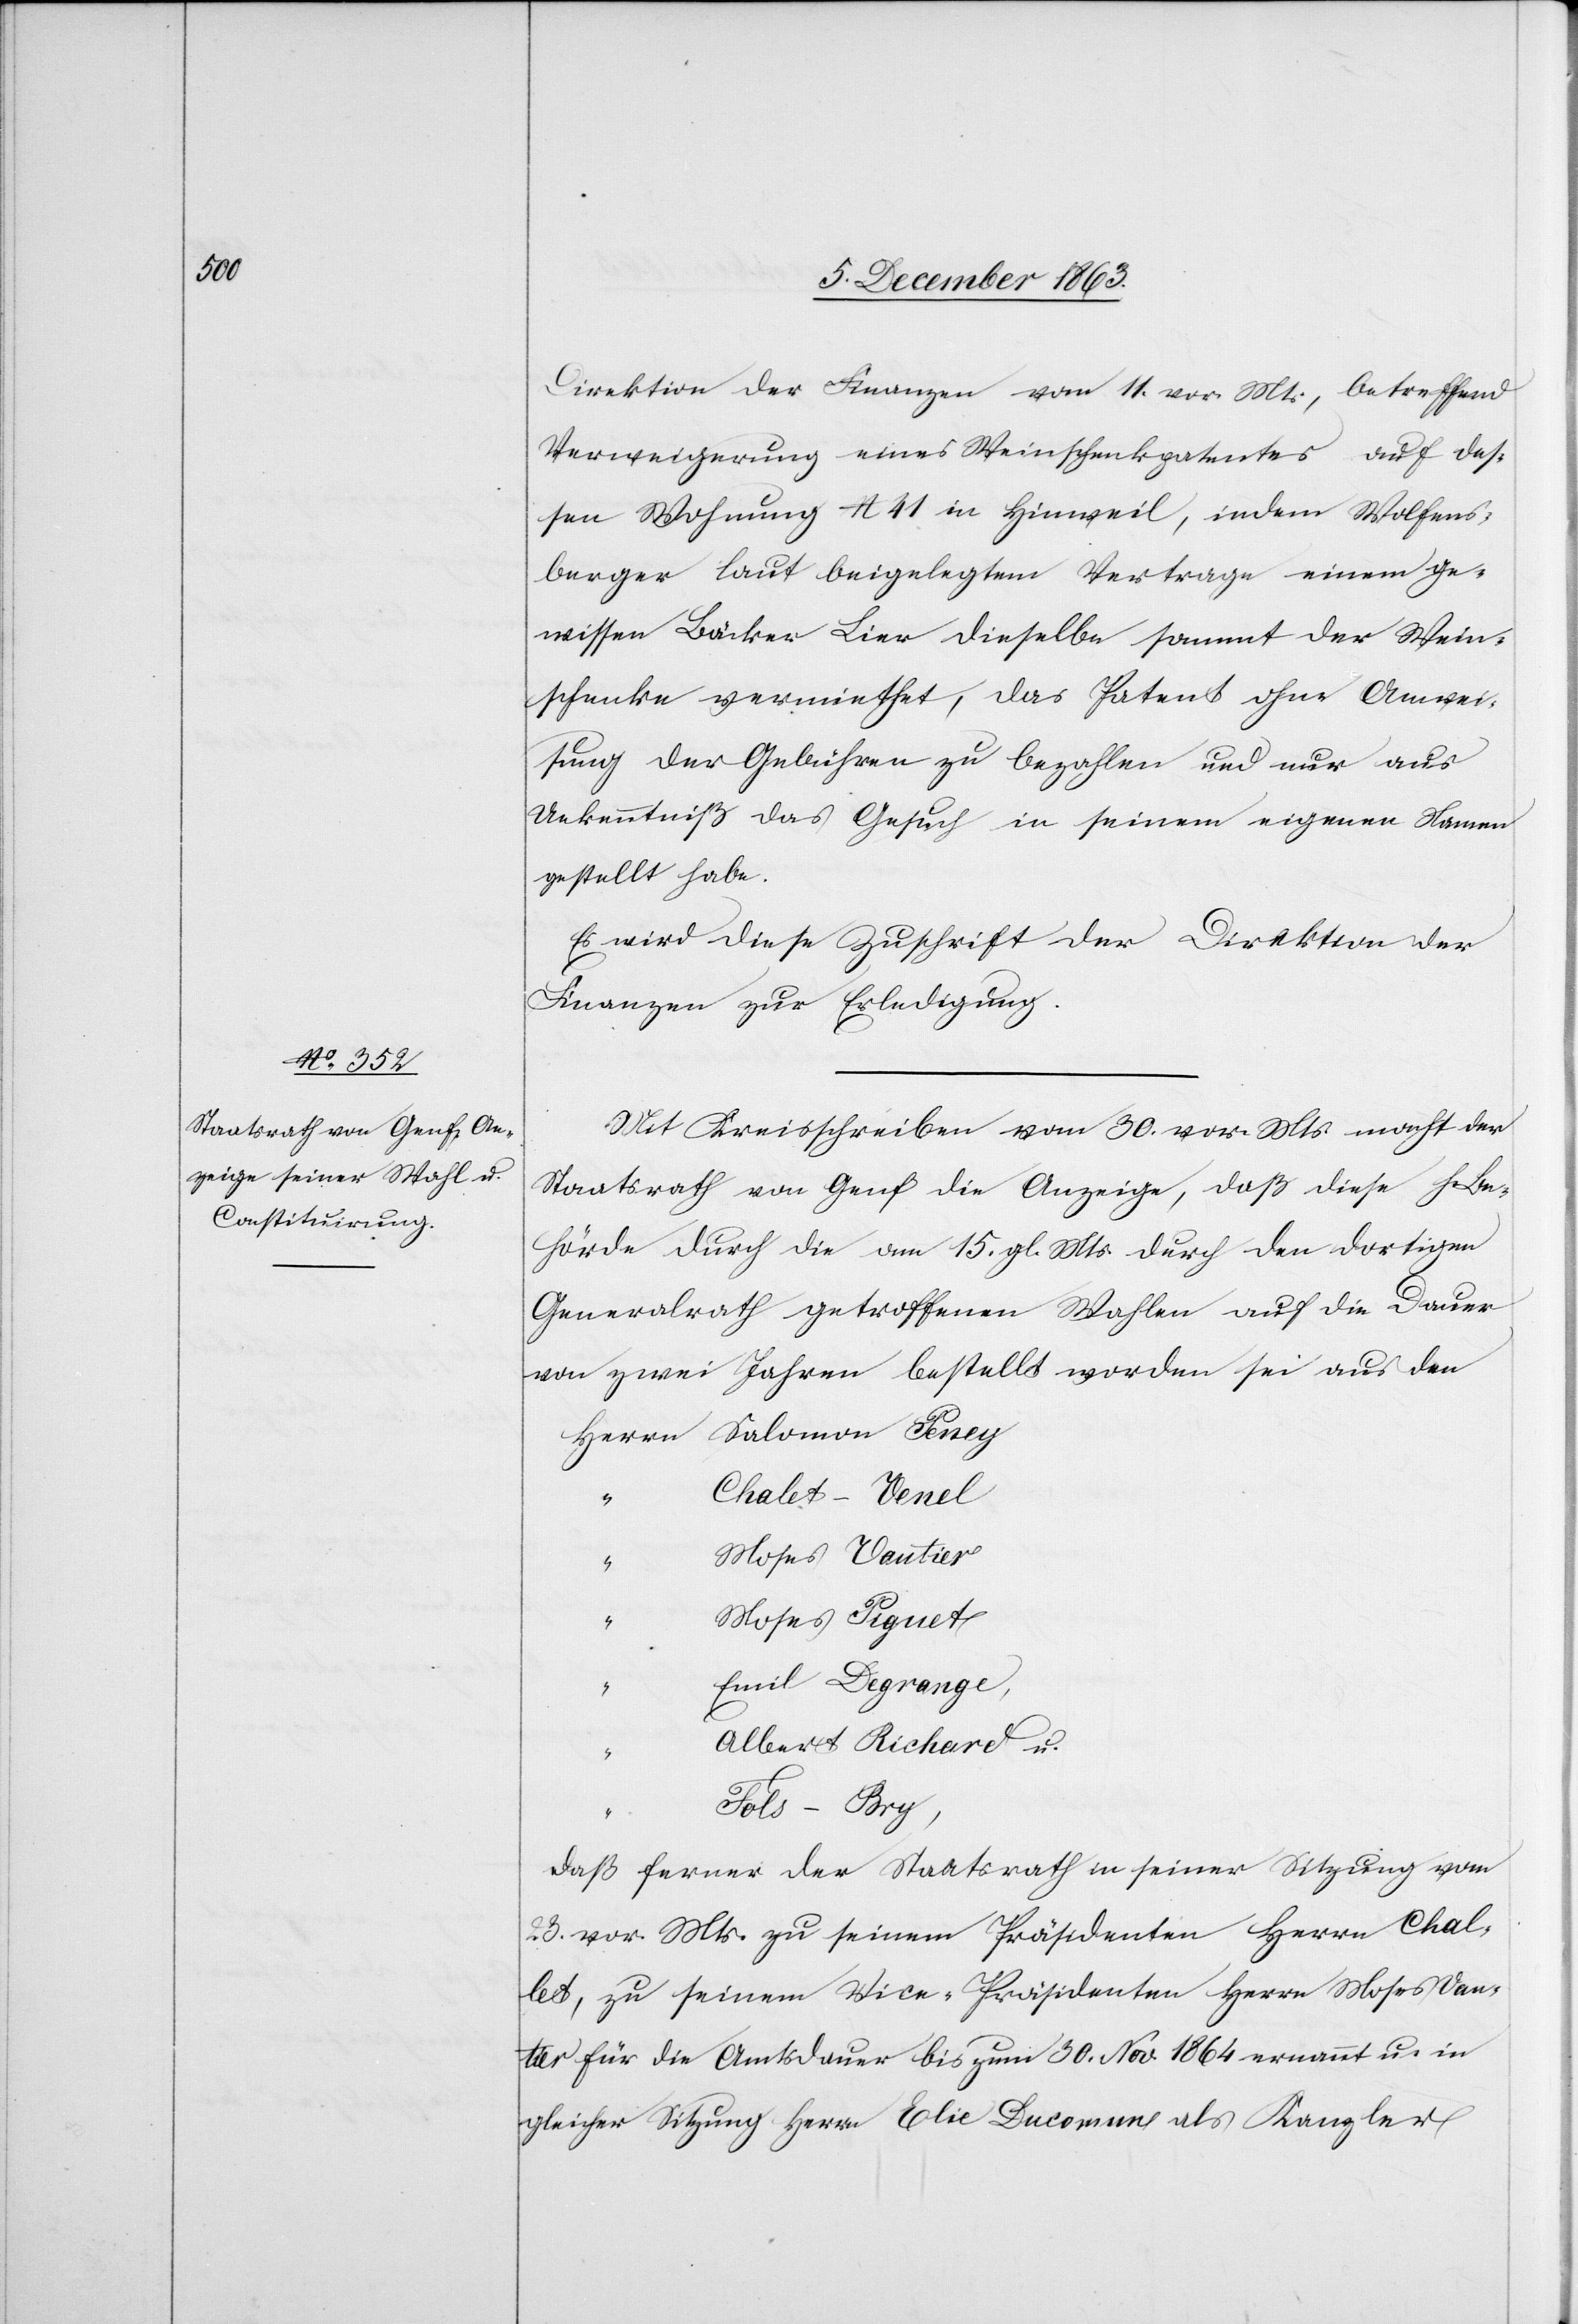
Direktion der Finanzen vom 11. vor. Mts, betreffend
Verweigerung eines Weinschenkpatentes auf des¬
sen Wohnung No 41 in Hinweil, indem Wolfens¬
berger laut beigelegtem Vertrage einem ge¬
wissen Bäcker Lier dieselbe sammt der Wein¬
schenke vermiethet, das Patent ohne Anwei¬
sung der Gebühren zu bezahlen und nur aus
Unkenntniß das Gesuch in seinem eigenen Namen
gestellt habe.
Es wird diese Zuschrift der Direktion der
Finanzen zur Erledigung.
Mit Kreisschreiben vom 30. vor. Mts. macht der
Staatsrath von Genf die Anzeige, das diese h. Be¬
hörde durch die am 15. gl. Mts. durch den dortigen
Generalrath getroffenen Wahlen auf die Dauer
von zwei Jahren bestellt worden sei aus den
Herrn Salomon Peney
Chalet-Venel
Moses Vautier
Moses Piguet
Emil Degrange,
Albert Richard u.
Fols-Bry,
daß ferner der Staatsrath in seiner Sitzung vom
23. vor. Mts. zu seinem Präsidenten Herrn Chalet
[sic!], zu seinem Vice-Präsidenten Herrn Moses Vau¬
tier für die Amtsdauer bis zum 30. Nov. 1864 ernannt u. in
gleicher Sitzung Herrn Elie Ducomun als Kanzler